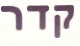
קדר